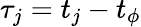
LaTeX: \tau_{j}=t_{j}-t_{\phi}